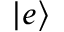
| e \rangle